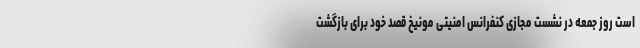
است روز جمعه در نشست مجازی کنفرانس امنیتی مونیخ قصد خود برای بازگشت